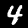
Digit: 4